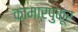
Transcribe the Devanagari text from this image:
कामारपुकूर